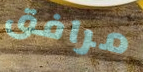
مرافق